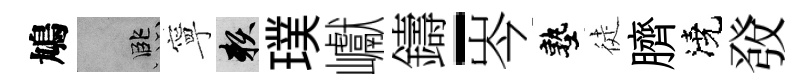
鳩孟寧賴璞巘鑄-岑塾徒臍澆𤼲